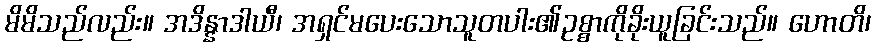
မိမိသည်လည်း။ အဒိန္နာဒါယီ၊ အရှင်မပေးသောသူတပါး၏ဥစ္စာကိုခိုးယူခြင်းသည်။ ဟောတိ၊